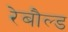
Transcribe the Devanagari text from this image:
रेबौल्ड